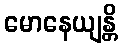
မောနေယျန္တိ